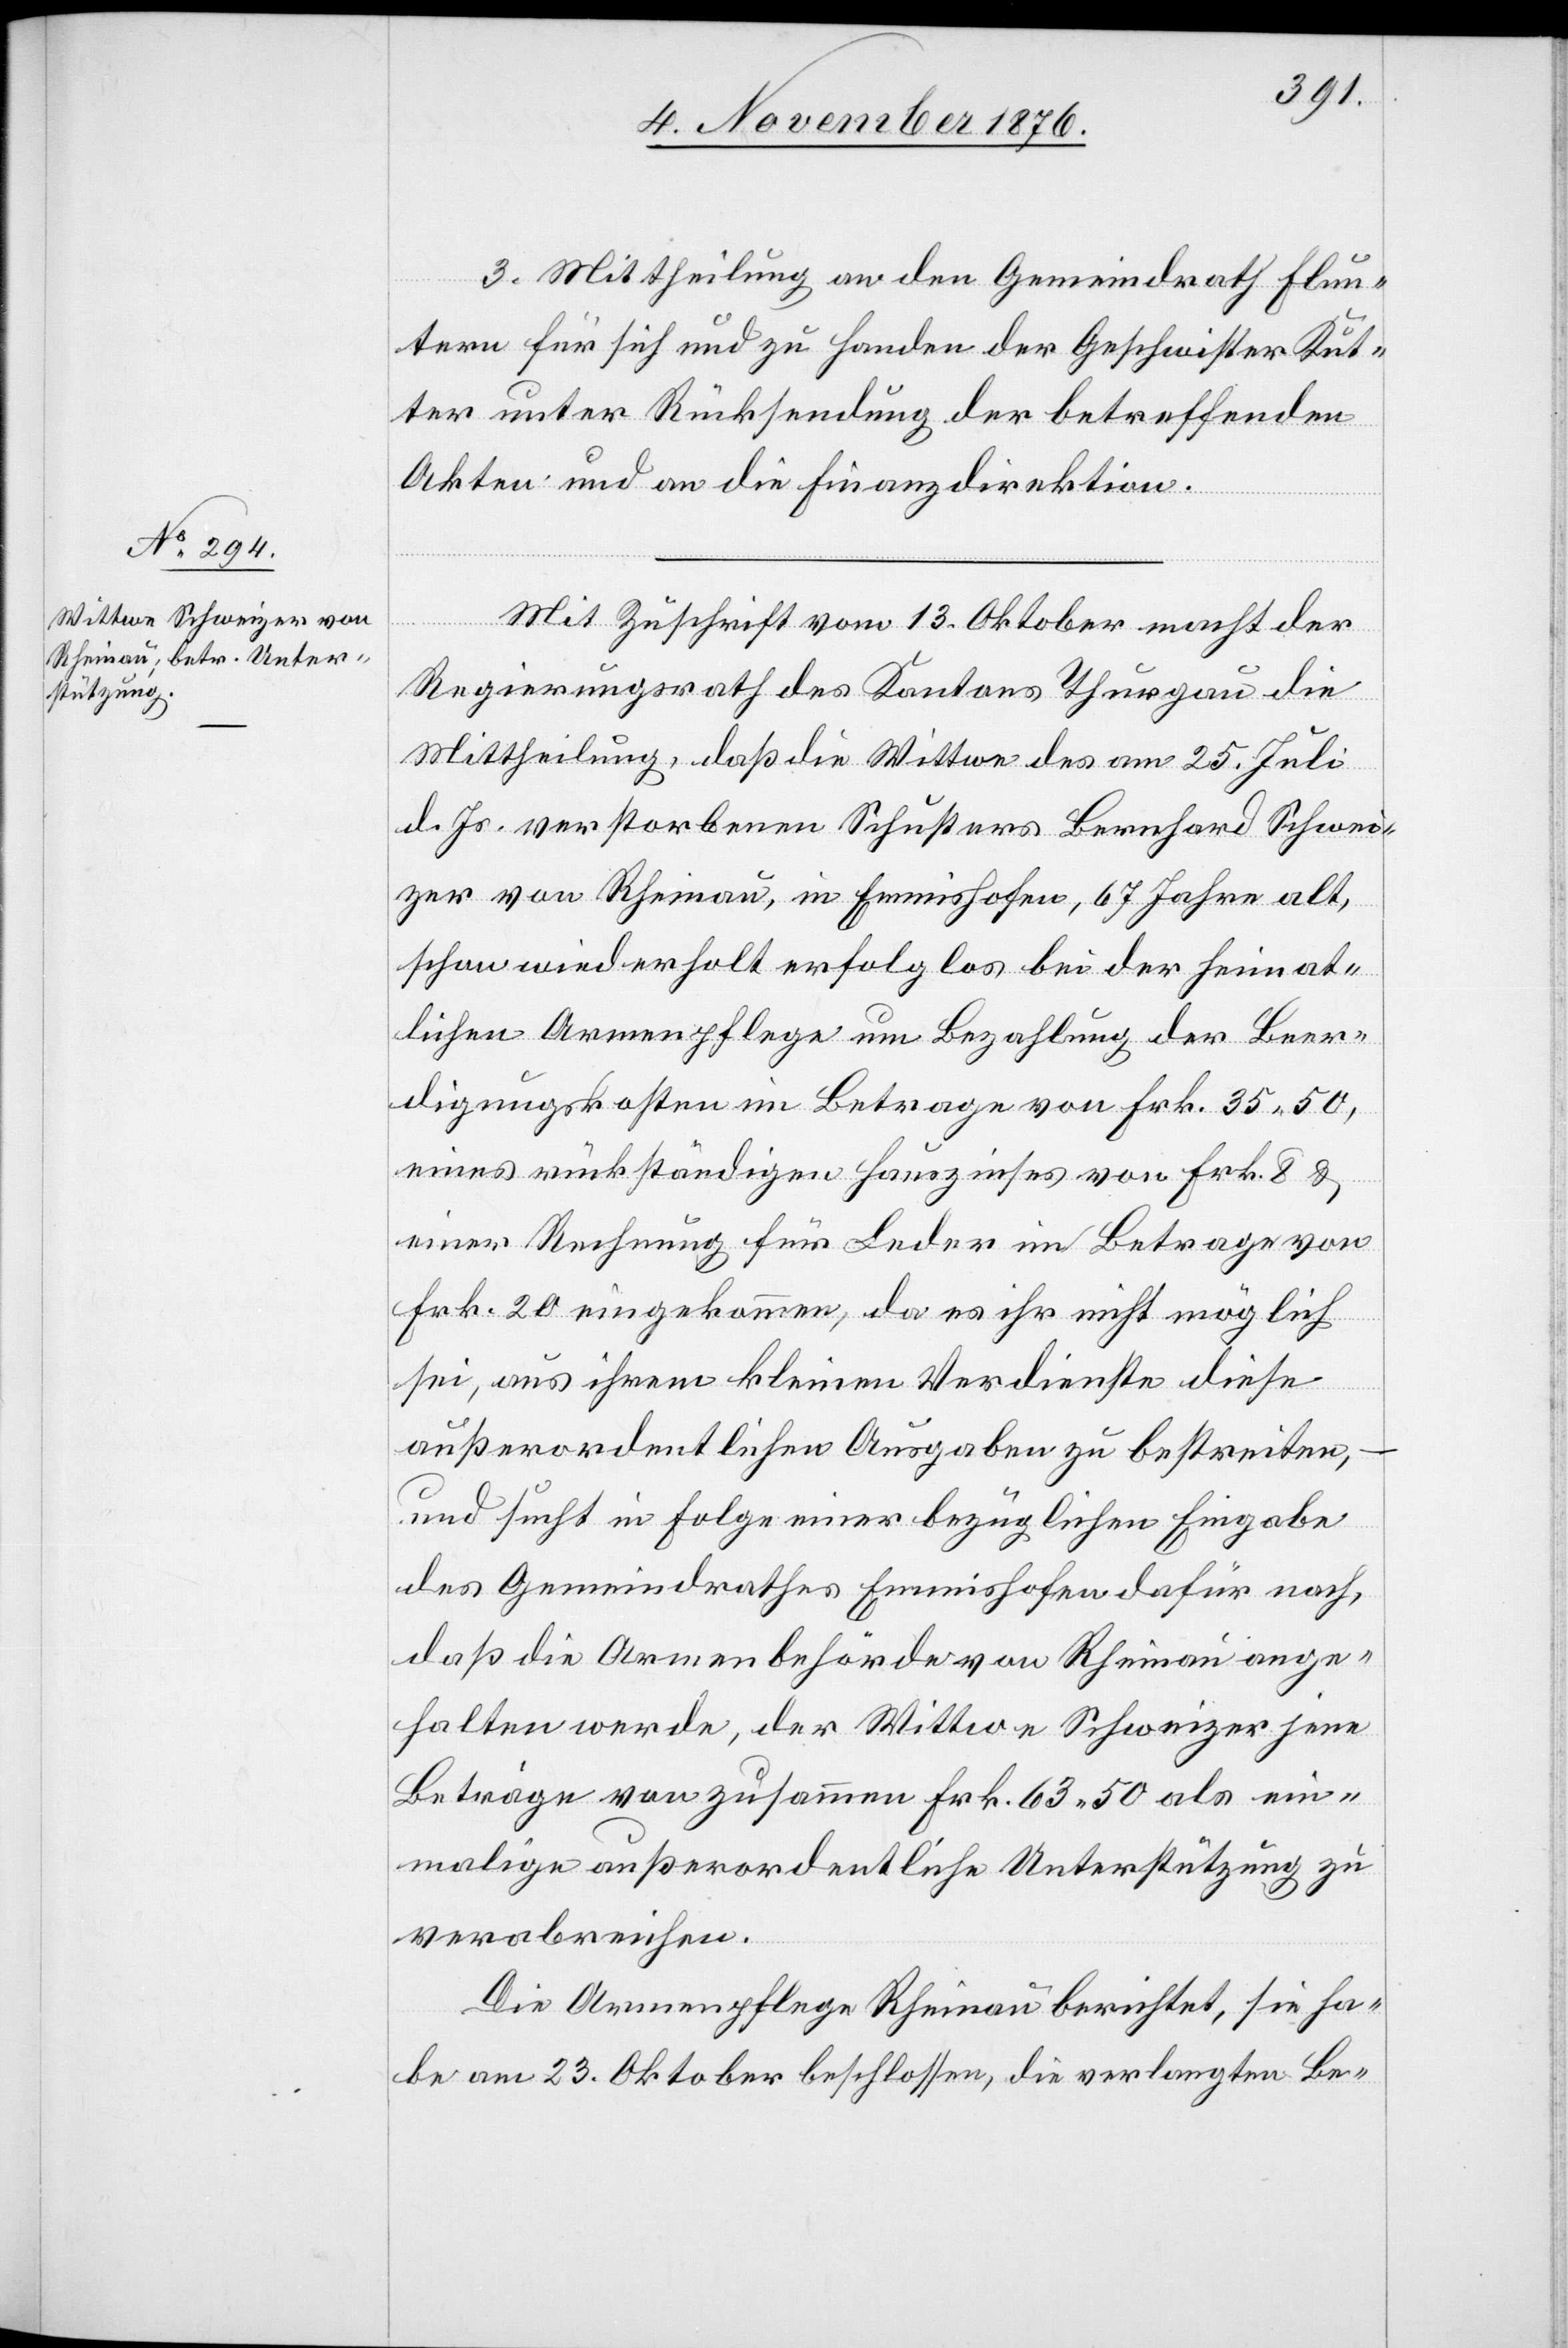
3. Mittheilung an den Gemeindrath Flun¬
tern für sich und zu Handen der Geschwister Kut¬
ter unter Rücksendung der betreffenden
Akten und an die Finanzdirektion.
Mit Zuschrift vom 13. Oktober macht der
Regierungsrath des Kantons Thurgau die
Mittheilung, daß die Wittwe des am 25. Juli
l. Js. verstorbenen Schusters Bernhard Schwei¬
zer von Rheinau, in Emmishofen, 67 Jahre alt,
schon wiederholt erfolglos bei der heimat¬
lichen Armenpflege um Bezahlung der Beer¬
digungskosten im Betrage von Frk. 35 50,
eines rückständigen Hauszinses von Frk. 8 &
einer Rechnung für Leder im Betrage von
Frk. 20 eingekommen, da es ihr nicht möglich
sei, aus ihrem kleinen Verdienste diese
außerordentlichen Ausgaben zu bestreiten,
und sucht in Folge einer bezüglichen Eingabe
des Gemeindrathes Emmishofen dafür nach,
daß die Armenbehörde von Rheinau ange¬
halten werde, der Wittwe Schweizer jene
Beiträge von zusammen Frk. 63 50 als ein¬
malige außerordentliche Unterstützung zu
verabreichen.
Die Armenpflege Rheinau berichtet, sie ha¬
be am 23. Oktober beschlossen, die verlangten Be-